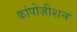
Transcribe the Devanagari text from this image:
कांपोज़ीशन